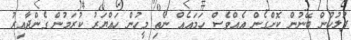
ފުލުހުން ބޭނުން ކޮށްގެން އެއްވެސް ހަމައެއް ނެތި މީހުން ހައްޔަރު ކުރަމުން ގެންދާއިރު